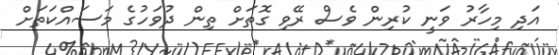
އަދި މިހާރު ވަނީ ކުރިން ވެސް ރޭވި ގޮތަށް ތިން ދުވަހުގެ މަސައްކަތަށް